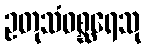
ဥတုသံဝစ္ဆရေသု